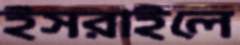
ইসরাইলে